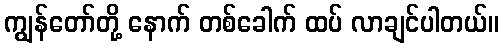
ကျွန်တော်တို့ နောက် တစ်ခေါက် ထပ် လာချင်ပါတယ်။